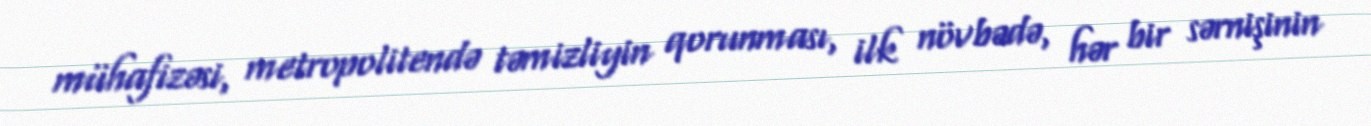
mühafizəsi, metropolitendə təmizliyin qorunması, ilk növbədə, hər bir sərnişinin